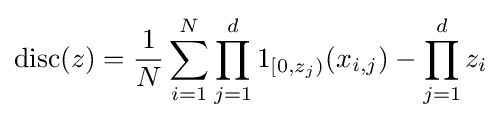
\operatorname {disc} (z)={\frac {1}{N}}\sum _{i=1}^{N}\prod _{j=1}^{d}1_{[0,z_{j})}(x_{i,j})-\prod _{j=1}^{d}z_{i}